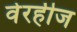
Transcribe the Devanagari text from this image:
वेरहीज